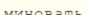
миновать